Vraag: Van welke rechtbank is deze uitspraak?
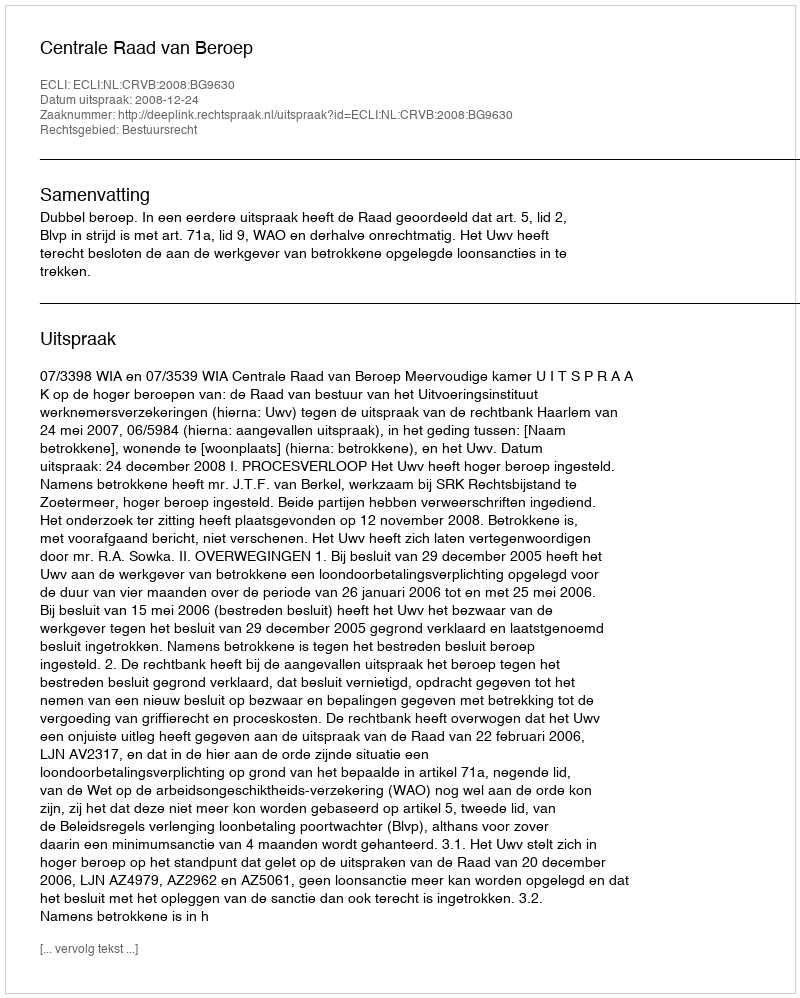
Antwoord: Centrale Raad van Beroep